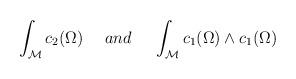
LaTeX: \begin{align*}\int_{\mathcal{M}} c_2(\Omega )\ \ \ \ and \ \ \ \ \int_{{\mathcal M}} c_1(\Omega )\wedge c_1(\Omega )\end{align*}